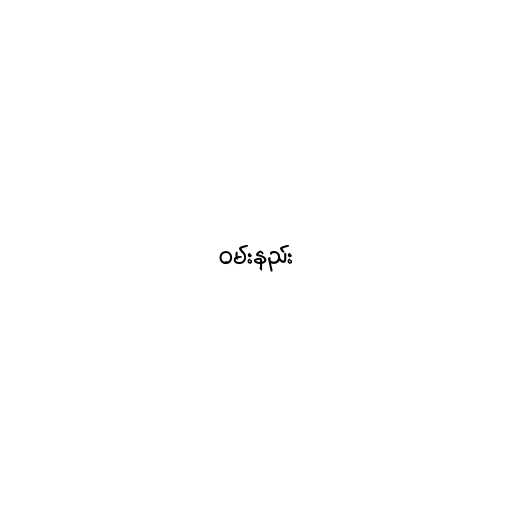
ဝမ်းနည်း